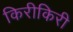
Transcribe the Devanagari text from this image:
किरीकिरी